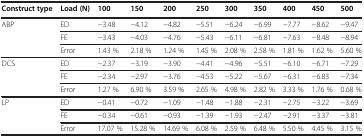
<table><thead><tr><td><b>Construct type</b></td><td><b>Load (N)</b></td><td><b>100</b></td><td><b>150</b></td><td><b>200</b></td><td><b>250</b></td><td><b>300</b></td><td><b>350</b></td><td><b>400</b></td><td><b>450</b></td><td><b>500</b></td></tr></thead><tbody><tr><td>ABP</td><td>ED</td><td>−3.48</td><td>−4.12</td><td>−4.82</td><td>−5.51</td><td>−6.24</td><td>−6.99</td><td>−7.77</td><td>−8.62</td><td>−9.47</td></tr><tr><td> </td><td>FE</td><td>−3.43</td><td>−4.03</td><td>−4.76</td><td>−5.43</td><td>−6.11</td><td>−6.81</td><td>−7.63</td><td>−8.48</td><td>−8.94</td></tr><tr><td> </td><td>Error</td><td>1.43 %</td><td>2.18 %</td><td>1.24 %</td><td>1.45 %</td><td>2.08 %</td><td>2.58 %</td><td>1.81 %</td><td>1.62 %</td><td>5.60 %</td></tr><tr><td>DCS</td><td>ED</td><td>−2.37</td><td>−3.19</td><td>−3.90</td><td>−4.41</td><td>−4.96</td><td>−5.51</td><td>−6.10</td><td>−6.71</td><td>−7.29</td></tr><tr><td> </td><td>FE</td><td>−2.34</td><td>−2.97</td><td>−3.76</td><td>−4.53</td><td>−5.22</td><td>−5.67</td><td>−6.31</td><td>−6.83</td><td>−7.34</td></tr><tr><td> </td><td>Error</td><td>1.27 %</td><td>6.90 %</td><td>3.59 %</td><td>2.65 %</td><td>4.98 %</td><td>2.82 %</td><td>3.33 %</td><td>1.76 %</td><td>0.68 %</td></tr><tr><td>LP</td><td>ED</td><td>−0.41</td><td>−0.72</td><td>−1.09</td><td>−1.48</td><td>−1.88</td><td>−2.31</td><td>−2.75</td><td>−3.22</td><td>−3.69</td></tr><tr><td> </td><td>FE</td><td>−0.34</td><td>−0.61</td><td>−0.93</td><td>−1.39</td><td>−1.93</td><td>−2.47</td><td>−2.91</td><td>−3.37</td><td>−3.81</td></tr><tr><td> </td><td>Error</td><td>17.07 %</td><td>15.28 %</td><td>14.69 %</td><td>6.08 %</td><td>2.59 %</td><td>6.48 %</td><td>5.50 %</td><td>4.45 %</td><td>3.15 %</td></tr></tbody></table>